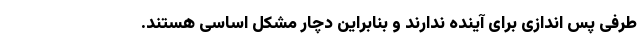
طرفی پس اندازی برای آینده ندارند و بنابراین دچار مشکل اساسی هستند.